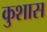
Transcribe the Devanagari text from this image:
कुशास